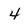
Character: 4